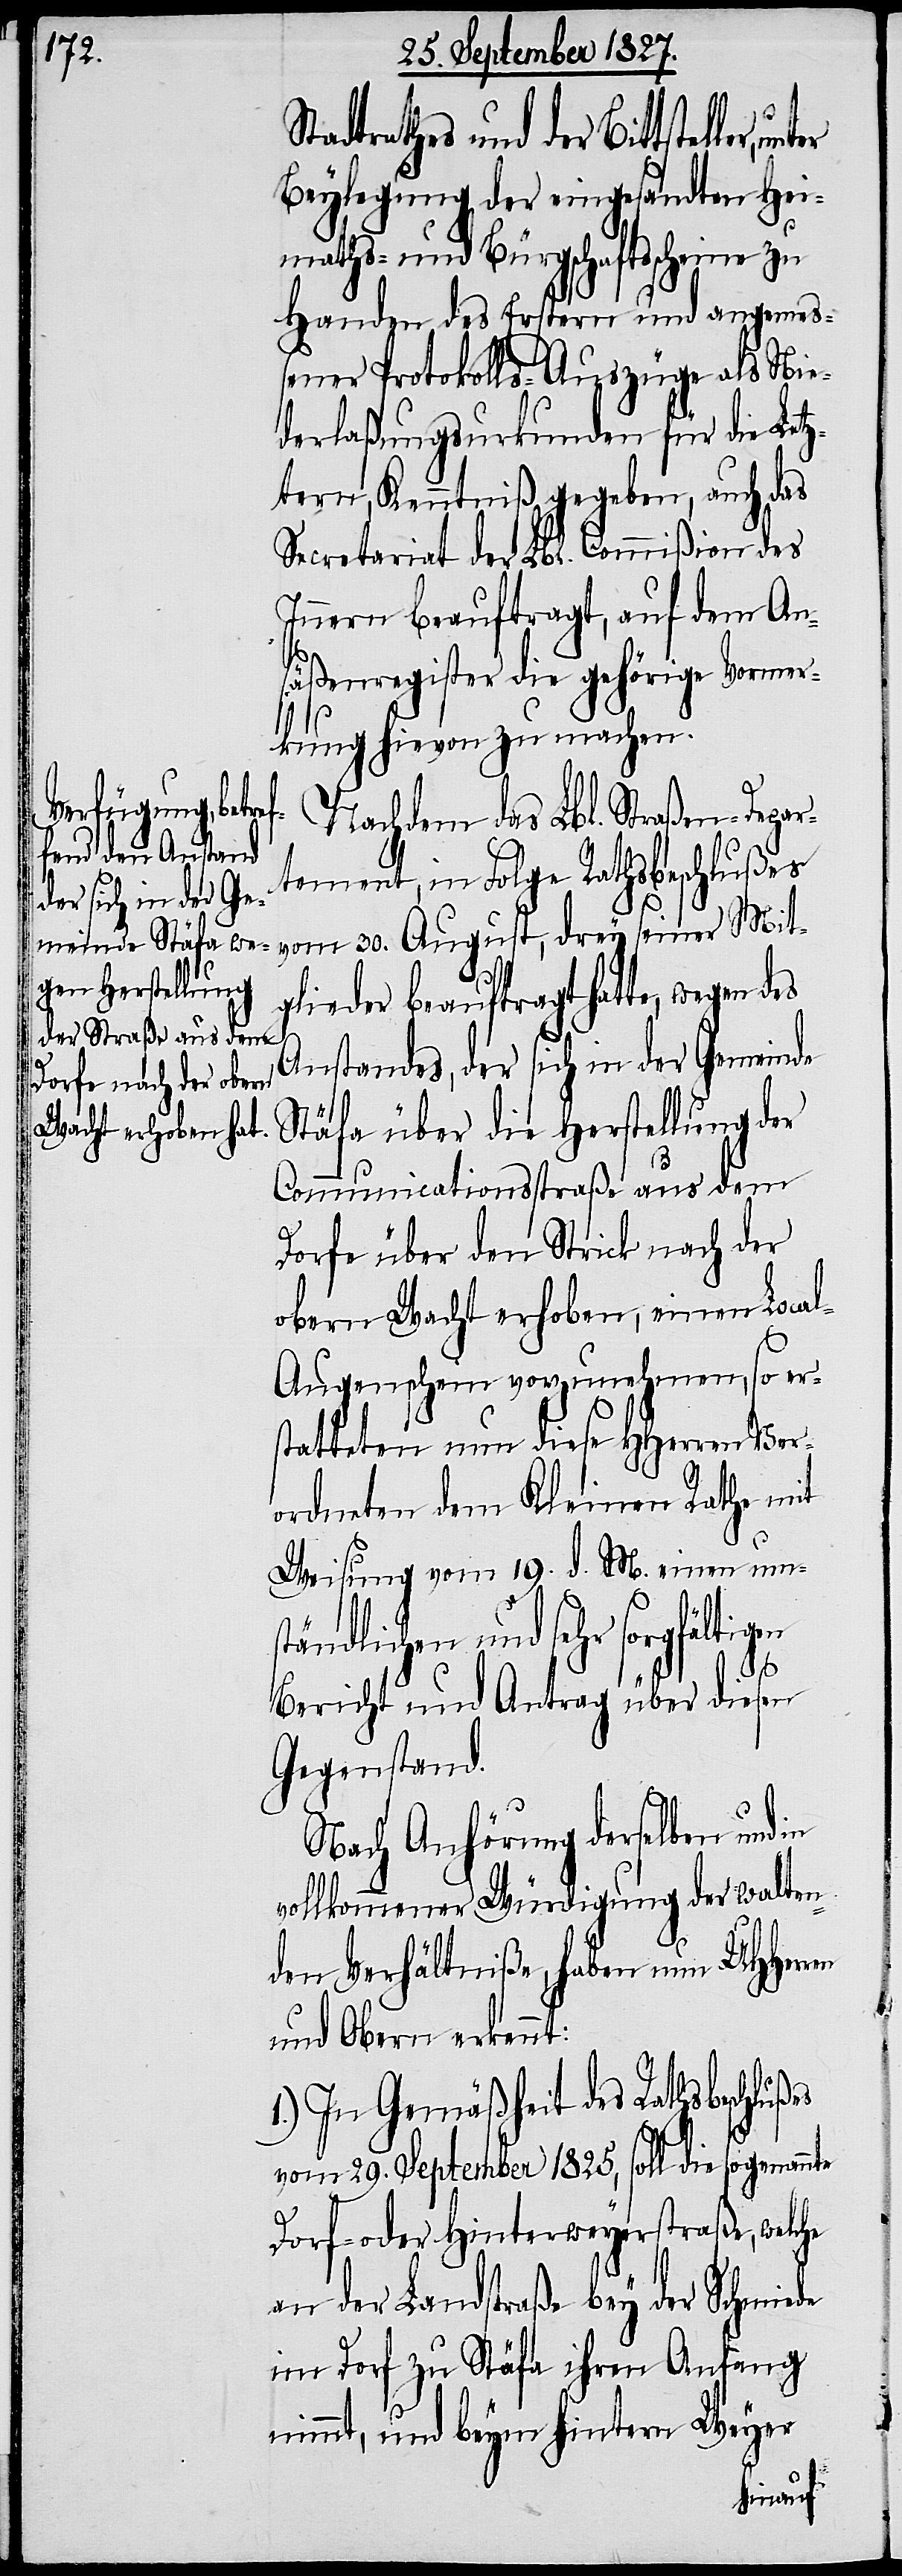
trathes und der Bittsteller,
Beylegung der eingesandten Hei¬
maths- und Bürgschaftsscheine zu
Handen des Erstern und angemeß¬
ener Protokolls-Auszüge als Nie¬
derlaßungsurkunden für die Let¬
ztern, Kenntniß gegeben, auch das
Secretariat der Lbl. Commißion des
Innern beauftragt, auf dem An¬
säßenregister die gehörige Vormer¬
kung hievon zu machen.
Nachdem das Lbl. Straßen-Depar¬
tement, in Folge Rathsbeschlußes
vom 30. August, drey seiner Mit¬
glieder beauftragt hatte, wegen des
Anstandes, der sich in der Gemeinde
Stäfa über die Herstellung der
Communicationsstraße aus dem
Dorfe über den Strick nach der
obern Wacht erhoben, einen Loca¬
l-Augenschein vorzunehmen, so ers¬
tatteten nun diese HHerren Ver¬
ordneten dem Kleinen Rathe mit
Weisung vom 19. d. M. einen um¬
ständlichen und sehr sorgfältigen
en
Bericht und Antrag über diesen
Gegenstand.
Nach Anhörung derselben und
vollkommener Würdigung der walten¬
den Verhältniße, haben nun UHHerr¬
und Obern erkennt:
1.) In Gemäßheit des Rathsbeschlußes
von 29. September 1825, soll die sogenannte
Dorf- oder Hinterweyerstraße, welche
an der Landstraße bey der Schmiede
im Dorf zu Stäfa ihren Anfang
nimmt, und beym hintern Weyer